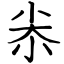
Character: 尜